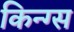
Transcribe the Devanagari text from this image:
किन्ग्स